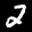
Label: 2